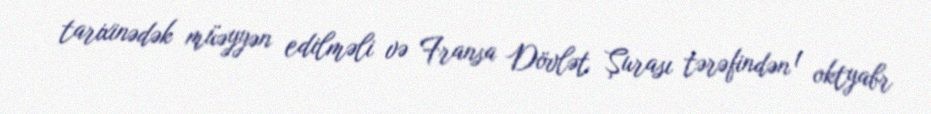
tarixinədək müəyyən edilməli və Fransa Dövlət Şurası tərəfindən 1 oktyabr